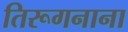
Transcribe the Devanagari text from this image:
तिरूगनाना